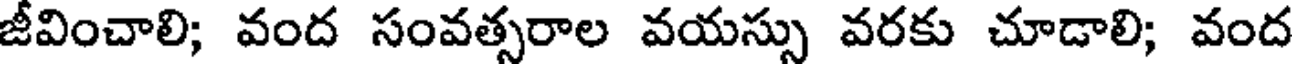
జీవించాలి; వంద సంవత్సరాల వయస్సు వరకు చూడాలి; వంద